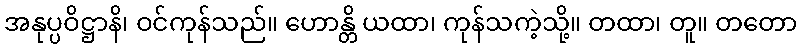
အနုပ္ပဝိဋ္ဌာနိ၊ ဝင်ကုန်သည်။ ဟောန္တိ ယထာ၊ ကုန်သကဲ့သို့။ တထာ၊ တူ။ တတော